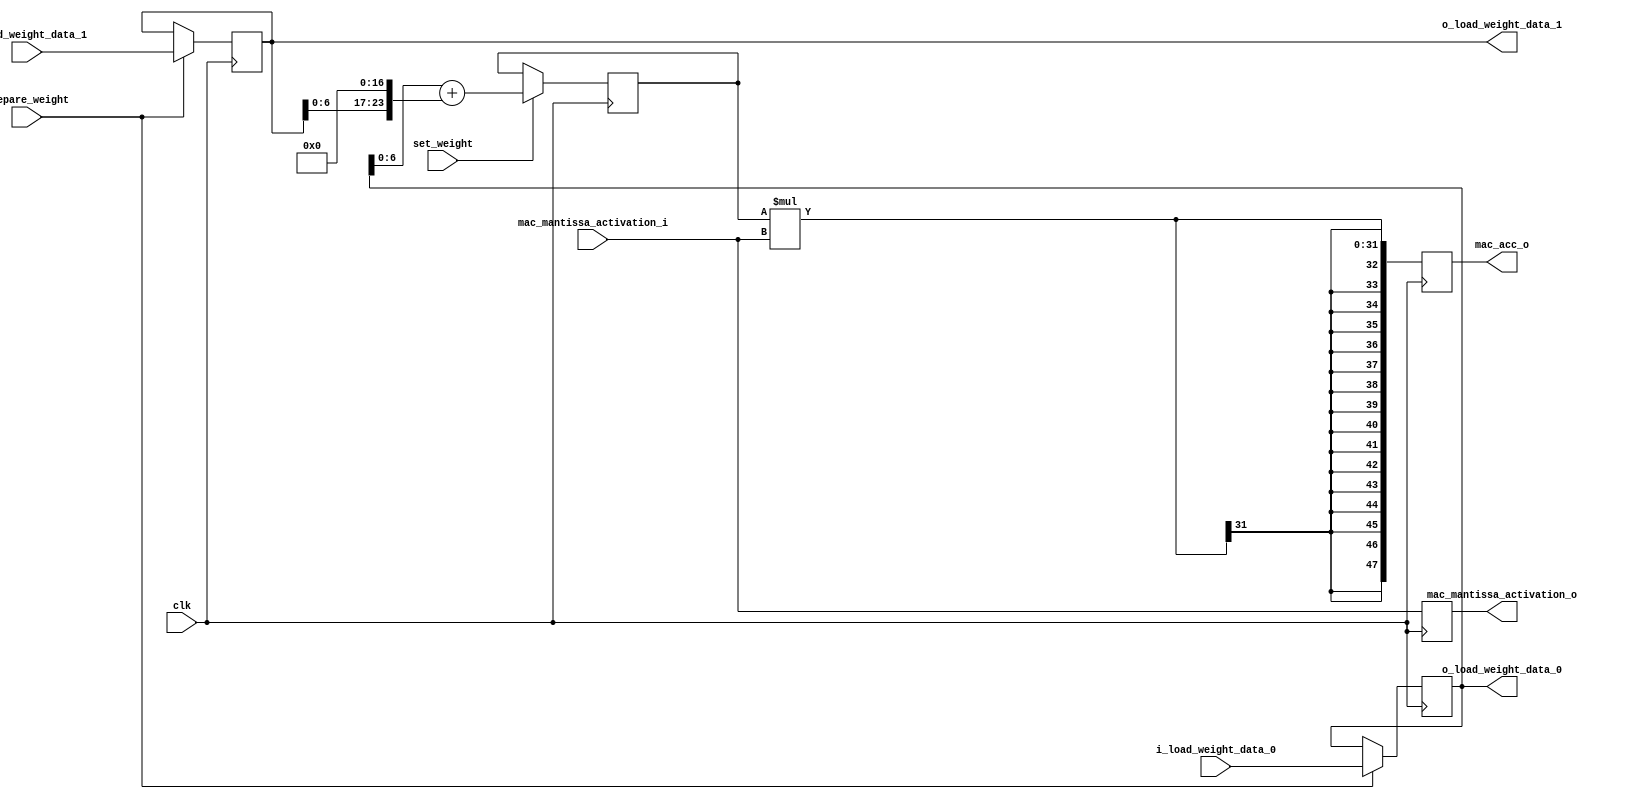
`timescale 1ns / 10ps
//////////////////////////////////////////////////////////////////////////////////
// 
// Design Name: 
// Module Name: mac_unit_noadder
// Project Name: 
// Target Devices: 
// Tool Versions: 
// Description: 
// 
// Dependencies: 
// 
// Revision:
// Revision 0.01 - File Created
// Additional Comments:
// 
//////////////////////////////////////////////////////////////////////////////////


module mac_unit_noadder
#(
  parameter QUNATIZED_MANTISSA_WIDTH = 7,
  parameter WEIGHT_RAM_ADDR_WIDTH = 4,
  parameter MAC_ACC_WIDTH = 48,
  parameter BUFFER_ADDR_WIDTH = 15
)
(
  input  wire                                       clk, 
  input  wire                                       prepare_weight, 
  //input  wire                                       i_weight_data_fifo_wr_en,
  input  wire                                       set_weight,
  input  wire signed [QUNATIZED_MANTISSA_WIDTH-1:0] mac_mantissa_activation_i,
  output reg  signed [QUNATIZED_MANTISSA_WIDTH-1:0] mac_mantissa_activation_o,
  output reg  signed [MAC_ACC_WIDTH-1:0]            mac_acc_o,

  //Load Weight/////////////////////////////////////////////////////////////////
  input  wire signed [7:0]                          i_load_weight_data_0,
  input  wire signed [7:0]                          i_load_weight_data_1,
  output reg  signed [7:0]                          o_load_weight_data_0,
  output reg  signed [7:0]                          o_load_weight_data_1
);

  // siganl declaration
  reg  signed [24:0]                               tmp_shift_result;

  // body
  // alu & activation register
  always @(posedge clk) 
  begin
    mac_acc_o <= tmp_shift_result * mac_mantissa_activation_i; // multiplication
    mac_mantissa_activation_o <= mac_mantissa_activation_i; // activation register
    if (set_weight)
    begin
      tmp_shift_result <= o_load_weight_data_0[QUNATIZED_MANTISSA_WIDTH-1:0] + (o_load_weight_data_1[QUNATIZED_MANTISSA_WIDTH-1:0] << 17);
    end
    if (prepare_weight) 
    begin
      o_load_weight_data_0 <= i_load_weight_data_0;
      o_load_weight_data_1 <= i_load_weight_data_1;
    end
  end
/*
  // siganl declaration
  reg  signed [QUNATIZED_MANTISSA_WIDTH-1:0]       weight_0;
  reg  signed [QUNATIZED_MANTISSA_WIDTH-1:0]       weight_1;
  wire signed [QUNATIZED_MANTISSA_WIDTH*2-1:0]     aw0;
  wire signed [QUNATIZED_MANTISSA_WIDTH*2-1:0]     aw1;
  assign aw0 = mac_mantissa_activation_i*weight_0;
  assign aw1 = mac_mantissa_activation_i*weight_1;

  // body
  // alu & activation register
  always @(posedge clk) 
  begin
    mac_acc_o <= aw0 + (aw1<<17); // multiplication
    mac_mantissa_activation_o <= mac_mantissa_activation_i; // activation register
    if (set_weight)
    begin
      weight_0 <= o_load_weight_data_0[QUNATIZED_MANTISSA_WIDTH-1:0];
      weight_1 <= o_load_weight_data_1[QUNATIZED_MANTISSA_WIDTH-1:0];
    end
    if (prepare_weight) 
    begin
      o_load_weight_data_0 <= i_load_weight_data_0;
      o_load_weight_data_1 <= i_load_weight_data_1;
    end
  end
*/
endmodule